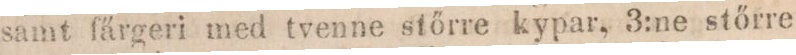
samt färgeri med tvenne stőrre kypar, 3:ne stőrre